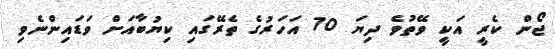
ޖޯން ކެރީ އަކީ ވޭތުވެ ދިޔަ 70 އަހަރުގެ ތެރޭގައި ކިޔުބާއަށް ވަޑައިންނެވި